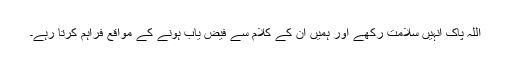
اللہ پاک انہیں سلامت رکھے اور ہمیں ان کے کلام سے فیض یاب ہونے کے مواقع فراہم کرتا رہے۔